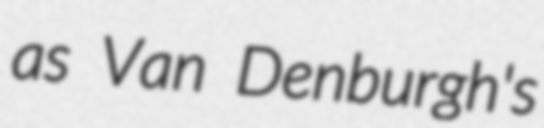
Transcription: as Van Denburgh's